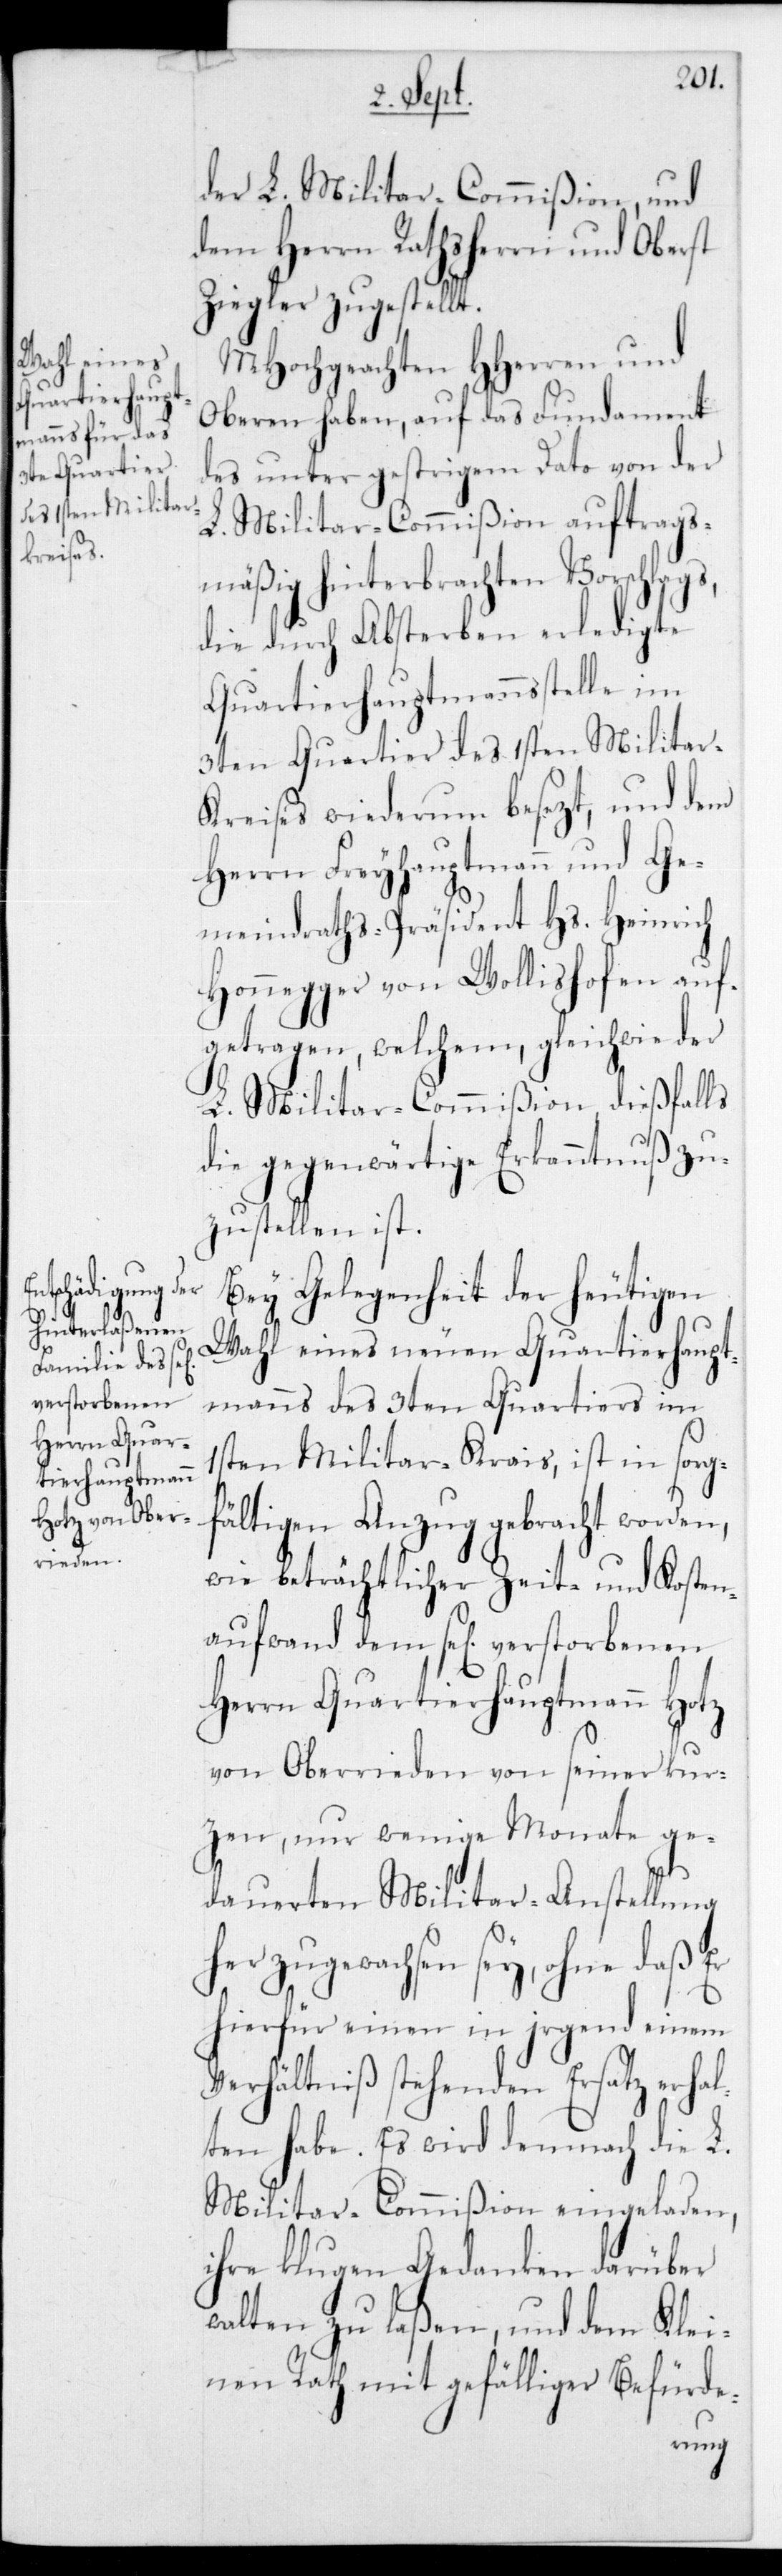
verstorbenen

der L. Militar-Commißion, und
dem Herrn Rathsherrn und Oberst
Ziegler zugestellt.
MHochgeachten HHerren und
Oberen haben, auf das Fundament
des unter gestrigen Dato von der
L. Militar-Commißion auftrags¬
mäßig hinterbrachten Vorschlags,
die durch Absterben erledigte
Quartierhauptmannsstelle im
3ten Quartier des 1sten Militar-K¬
reises wiederum besezt, und dem
Herrn Freyhauptmann und Ge¬
meindraths-Präsident Hs. Heinrich
Honegger von Wollishofen auf¬
getragen, welchem, gleichwie der
L. Militar-Commißion dießfalls
die gegenwärtige Erkanntnuß zu¬
zustellen ist.
Bei Gelegenheit der heutigen
Wahl eines neuen Quartierhaupt¬
manns des 3ten Quartiers im
1sten Militar-Kreis, ist in sorgf¬
ältigen Anzug gebracht worden,
wie beträchtlicher Zeit- und Kosten¬
Herrn Quartierhauptmann Hotz
von Oberrieden von seiner kur¬
zen, nur wenige Monate ge¬
dauerten Militar-Anstellung
her zugewachsen sey, ohne daß er
hierfür einen in irgend einem
Verhältniß stehenden Ersatz erha¬
lten habe. Es wird demnach die L.
Militar-Commißion eingeladen,
ihre klugen Gedanken darüber
walten zu laßen, und dem Klei¬
nen Rath mit gefälliger Befürde-
aufwand